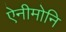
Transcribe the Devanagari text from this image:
ऐनीमोनि